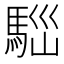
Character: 𩣃